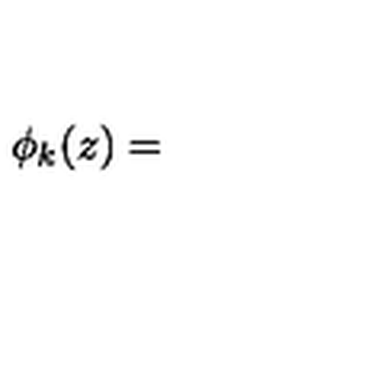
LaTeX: \phi _ { k } ( z ) =